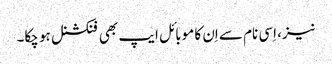
نیز، اِسی نام سے اِن کا موبائل ایپ بھی فنکشنل ہو چکا۔